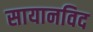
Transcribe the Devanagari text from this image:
सायानविद